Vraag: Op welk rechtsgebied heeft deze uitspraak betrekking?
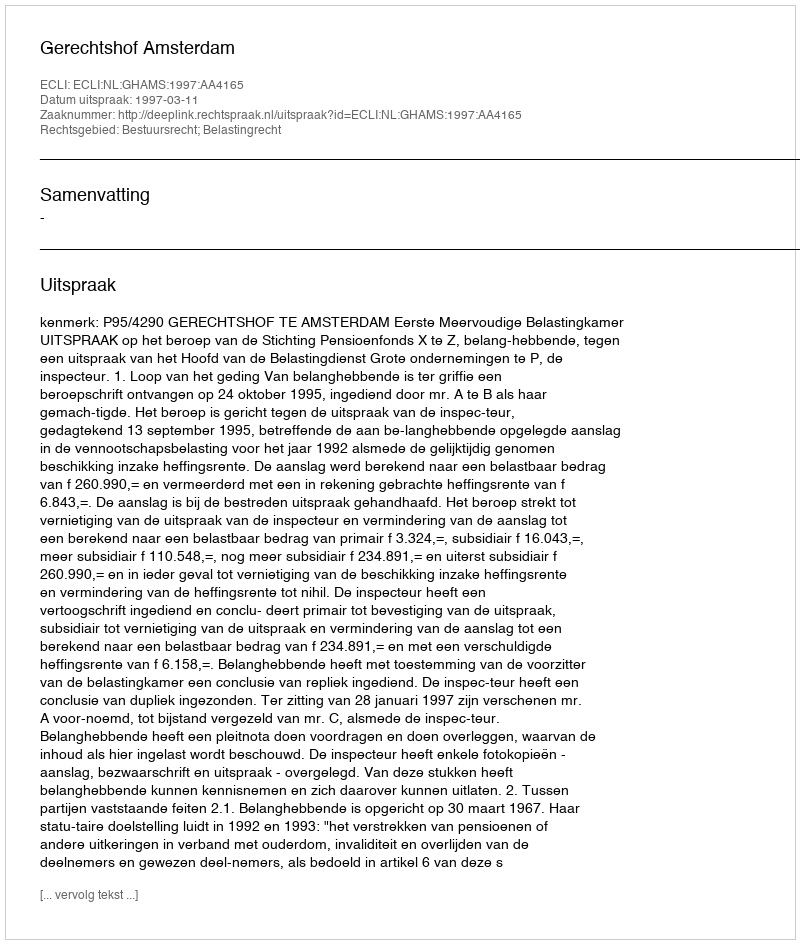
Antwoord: Bestuursrecht; Belastingrecht